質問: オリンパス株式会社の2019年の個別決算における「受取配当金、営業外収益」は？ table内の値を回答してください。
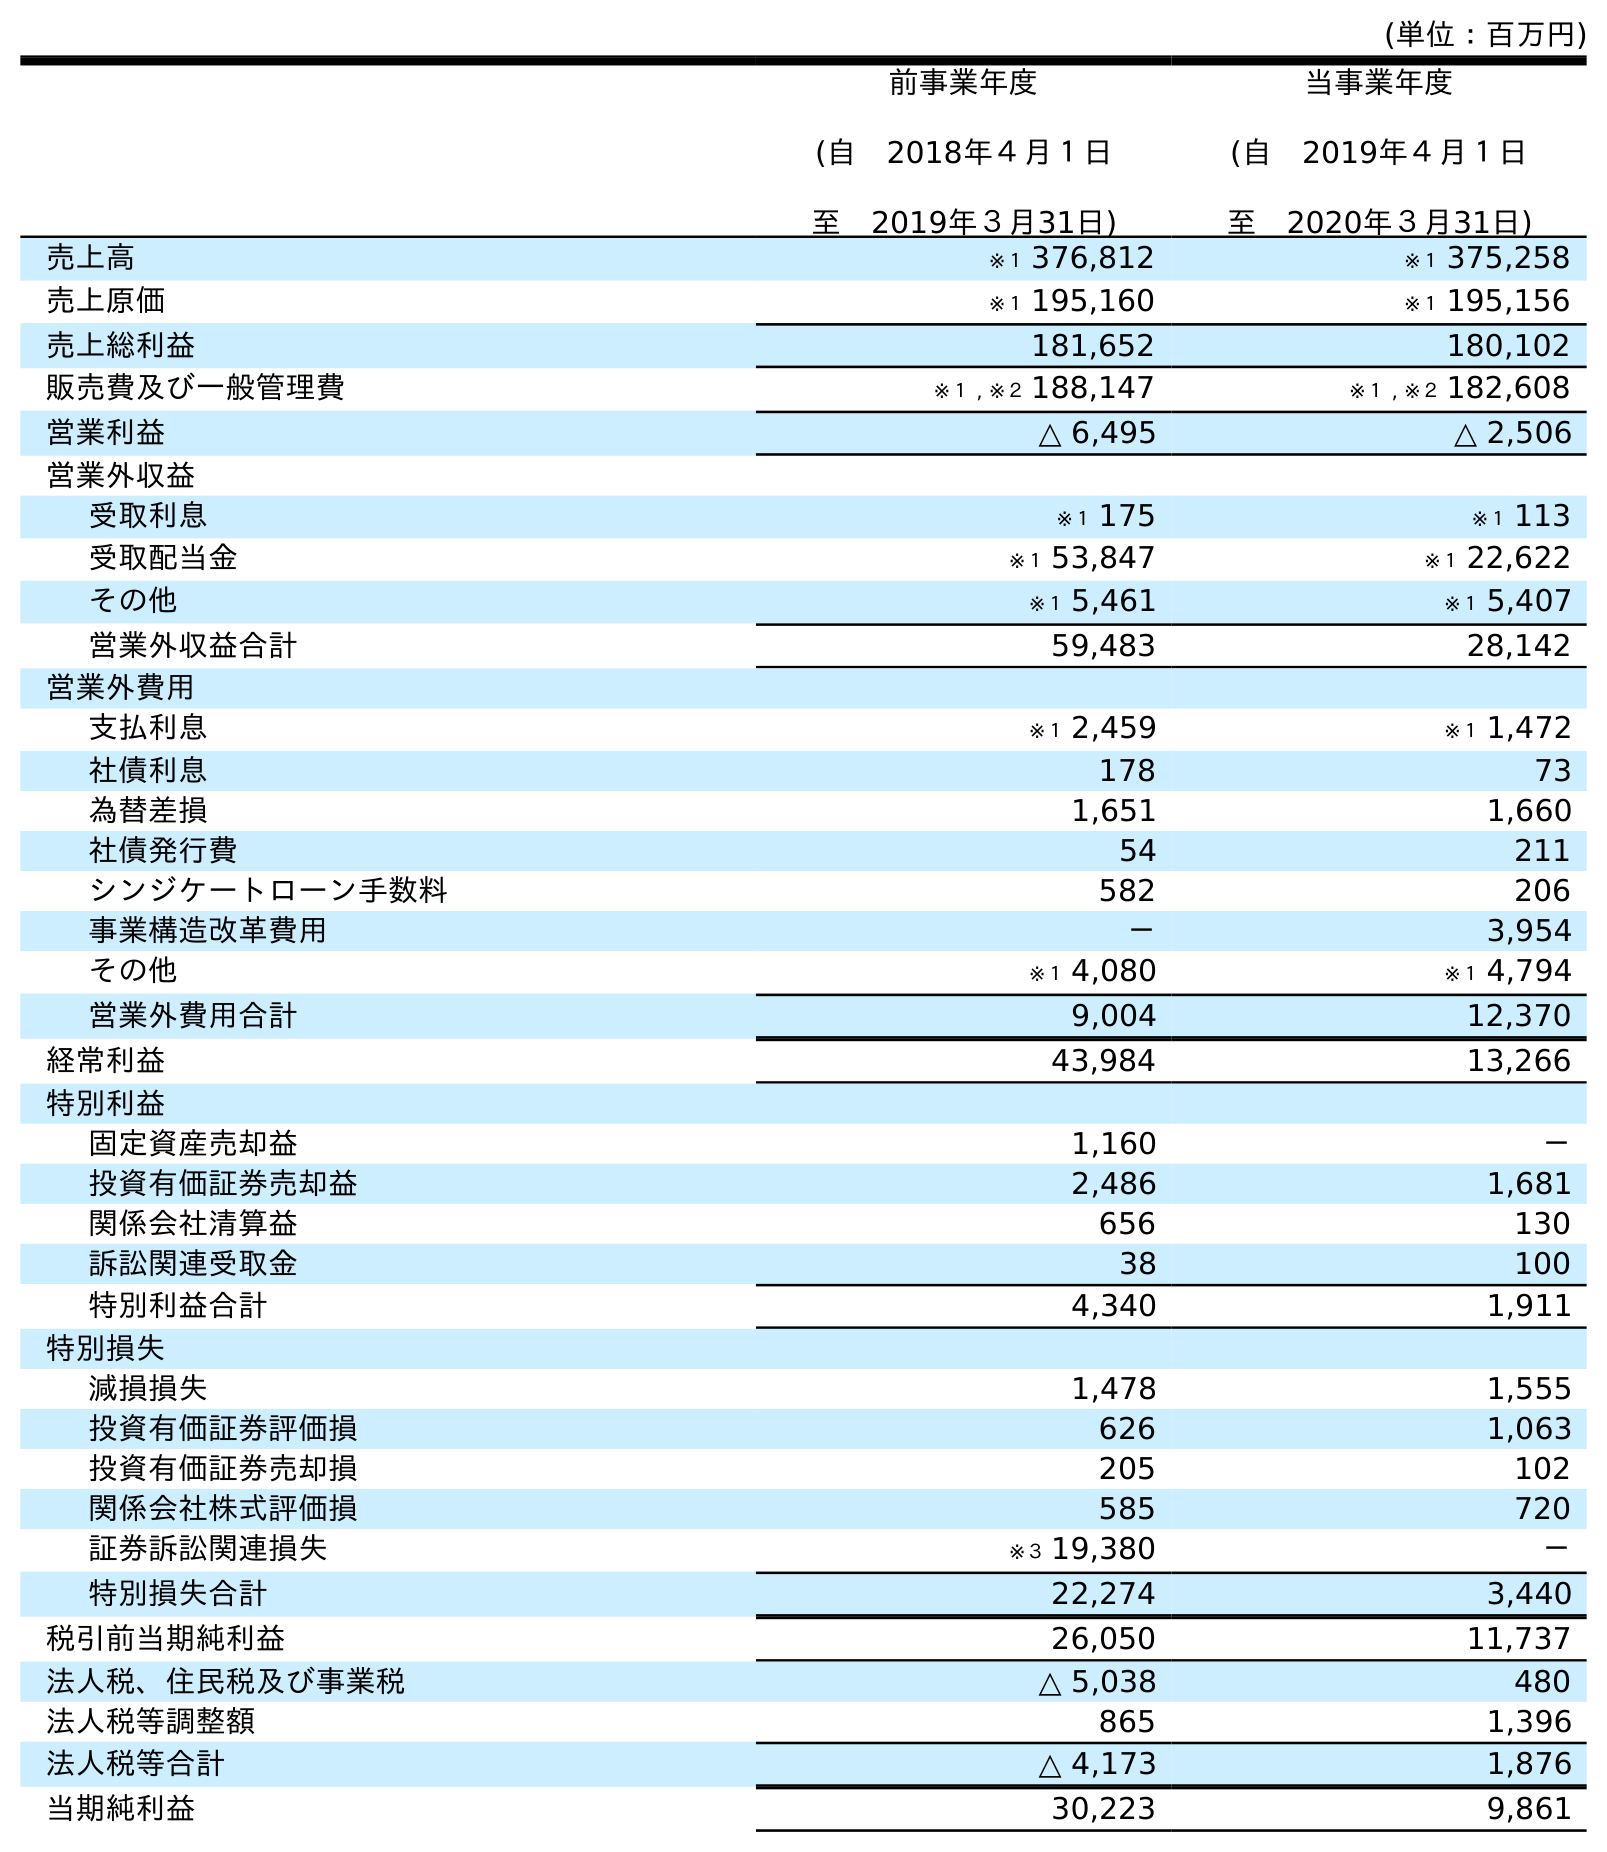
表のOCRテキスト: (単位：百万円) 前事業年度 (自 2018年４月１日 至 2019年３月31日) 当事業年度 (自 2019年４月１日 至 2020年３月31日) 売上高 ※１ 376,812 ※１ 375,258 売上原価 ※１ 195,160 ※１ 195,156 売上総利益 181,652 180,102 販売費及び一般管理費 ※１ , ※２ 188,147 ※１ , ※２ 182,608 営業利益 △ 6,495 △ 2,506 営業外収益 受取利息 ※１ 175 ※１ 113 受取配当金 ※１ 53,847 ※１ 22,622 その他 ※１ 5,461 ※１ 5,407 営業外収益合計 59,483 28,142 営業外費用 支払利息 ※１ 2,459 ※１ 1,472 社債利息 178 73 為替差損 1,651 1,660 社債発行費 54 211 シンジケートローン手数料 582 206 事業構造改革費用 － 3,954 その他 ※１ 4,080 ※１ 4,794 営業外費用合計 9,004 12,370 経常利益 43,984 13,266 特別利益 固定資産売却益 1,160 － 投資有価証券売却益 2,486 1,681 関係会社清算益 656 130 訴訟関連受取金 38 100 特別利益合計 4,340 1,911 特別損失 減損損失 1,478 1,555 投資有価証券評価損 626 1,063 投資有価証券売却損 205 102 関係会社株式評価損 585 720 証券訴訟関連損失 ※３ 19,380 － 特別損失合計 22,274 3,440 税引前当期純利益 26,050 11,737 法人税、住民税及び事業税 △ 5,038 480 法人税等調整額 865 1,396 法人税等合計 △ 4,173 1,876 当期純利益 30,223 9,861
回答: ※１53,847